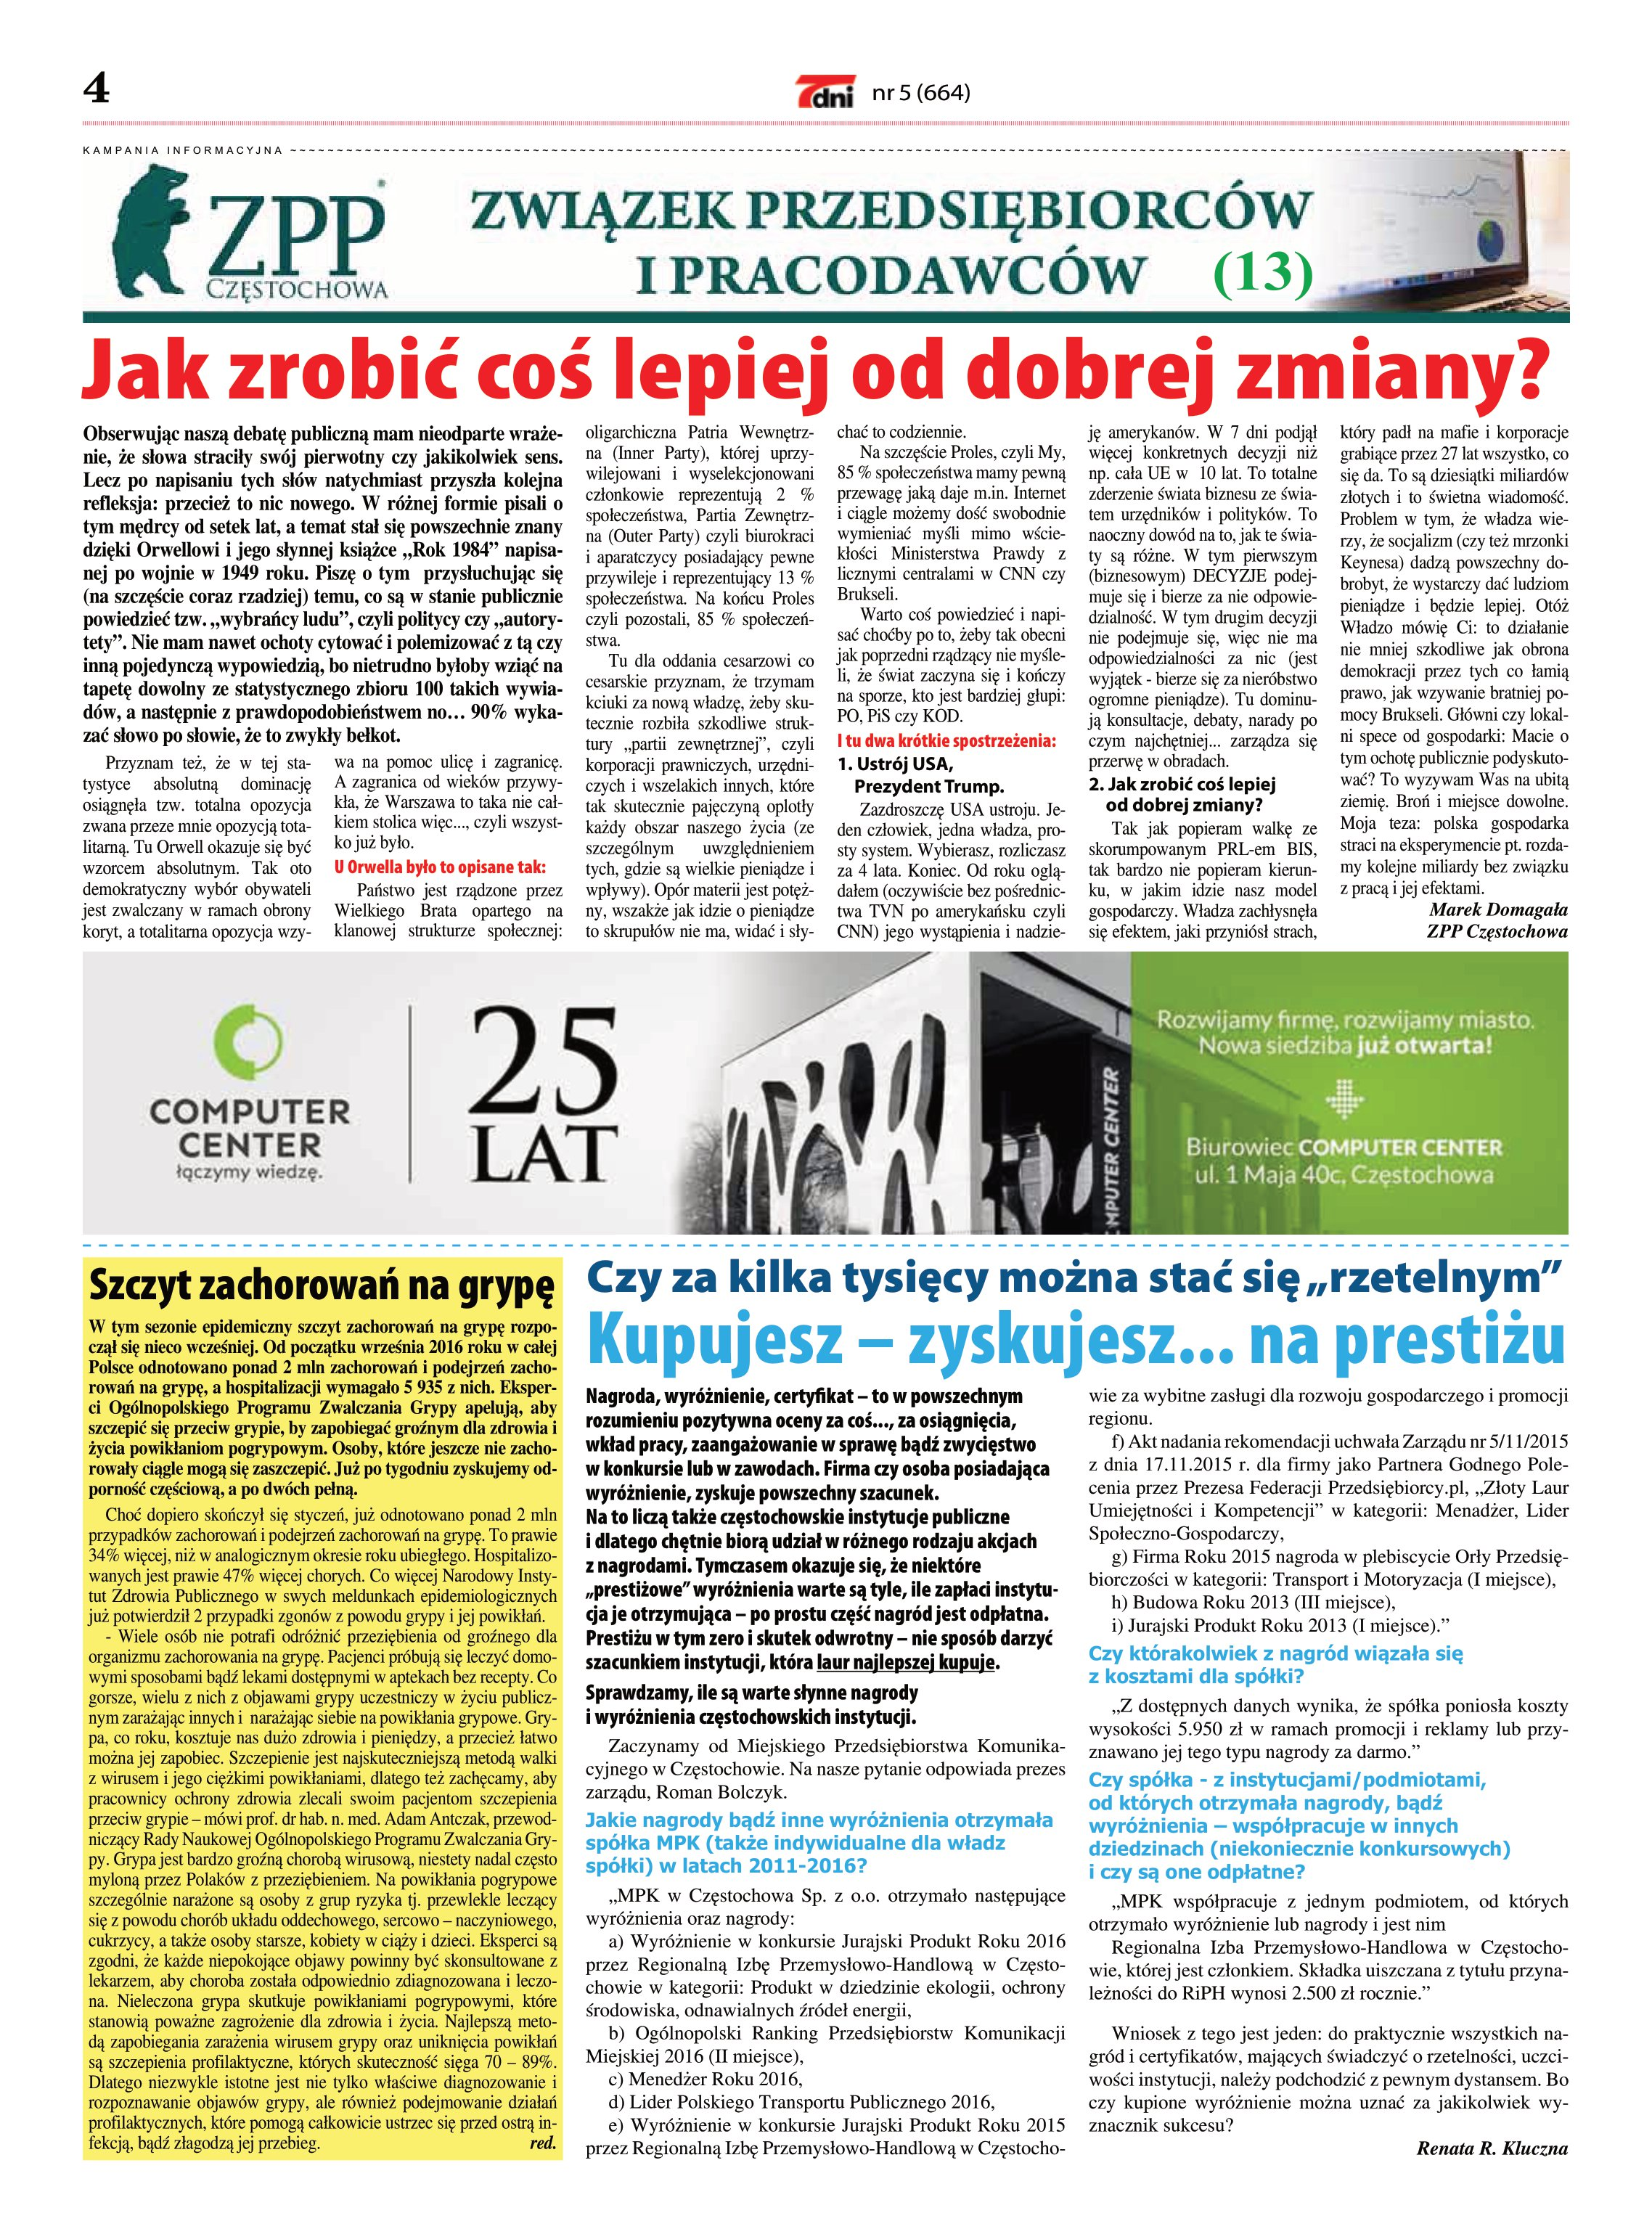
Language: pl